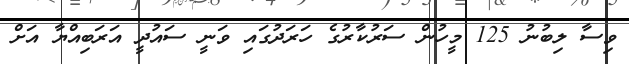
ވިސާ ލިބުނު 125 މީހުން ސަރުކާރުގެ ހަރަދުގައި ވަނީ ސައުދީ އަރަބިއްޔާ އަށް